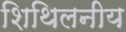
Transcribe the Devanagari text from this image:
शिथिलनीय